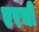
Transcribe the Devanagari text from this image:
एरची